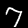
Digit: 7